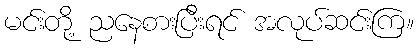
မင်းတို့ ညနေစားပြီးရင် အလုပ်ဆင်းကြ။